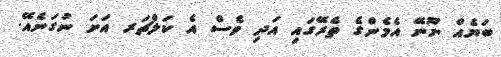
ބަޔެއް ނޫނޭ އެމެންގެ ތެރޭގައި އަދި ވެސް އެ ކަލްޗަރ އަށަ ނުގަނެއޭ.